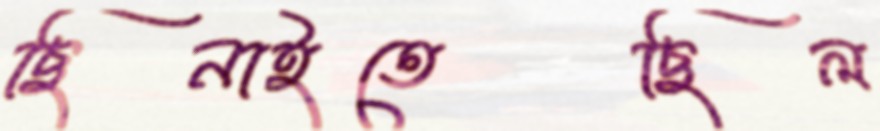
ছিনাইতেছিল